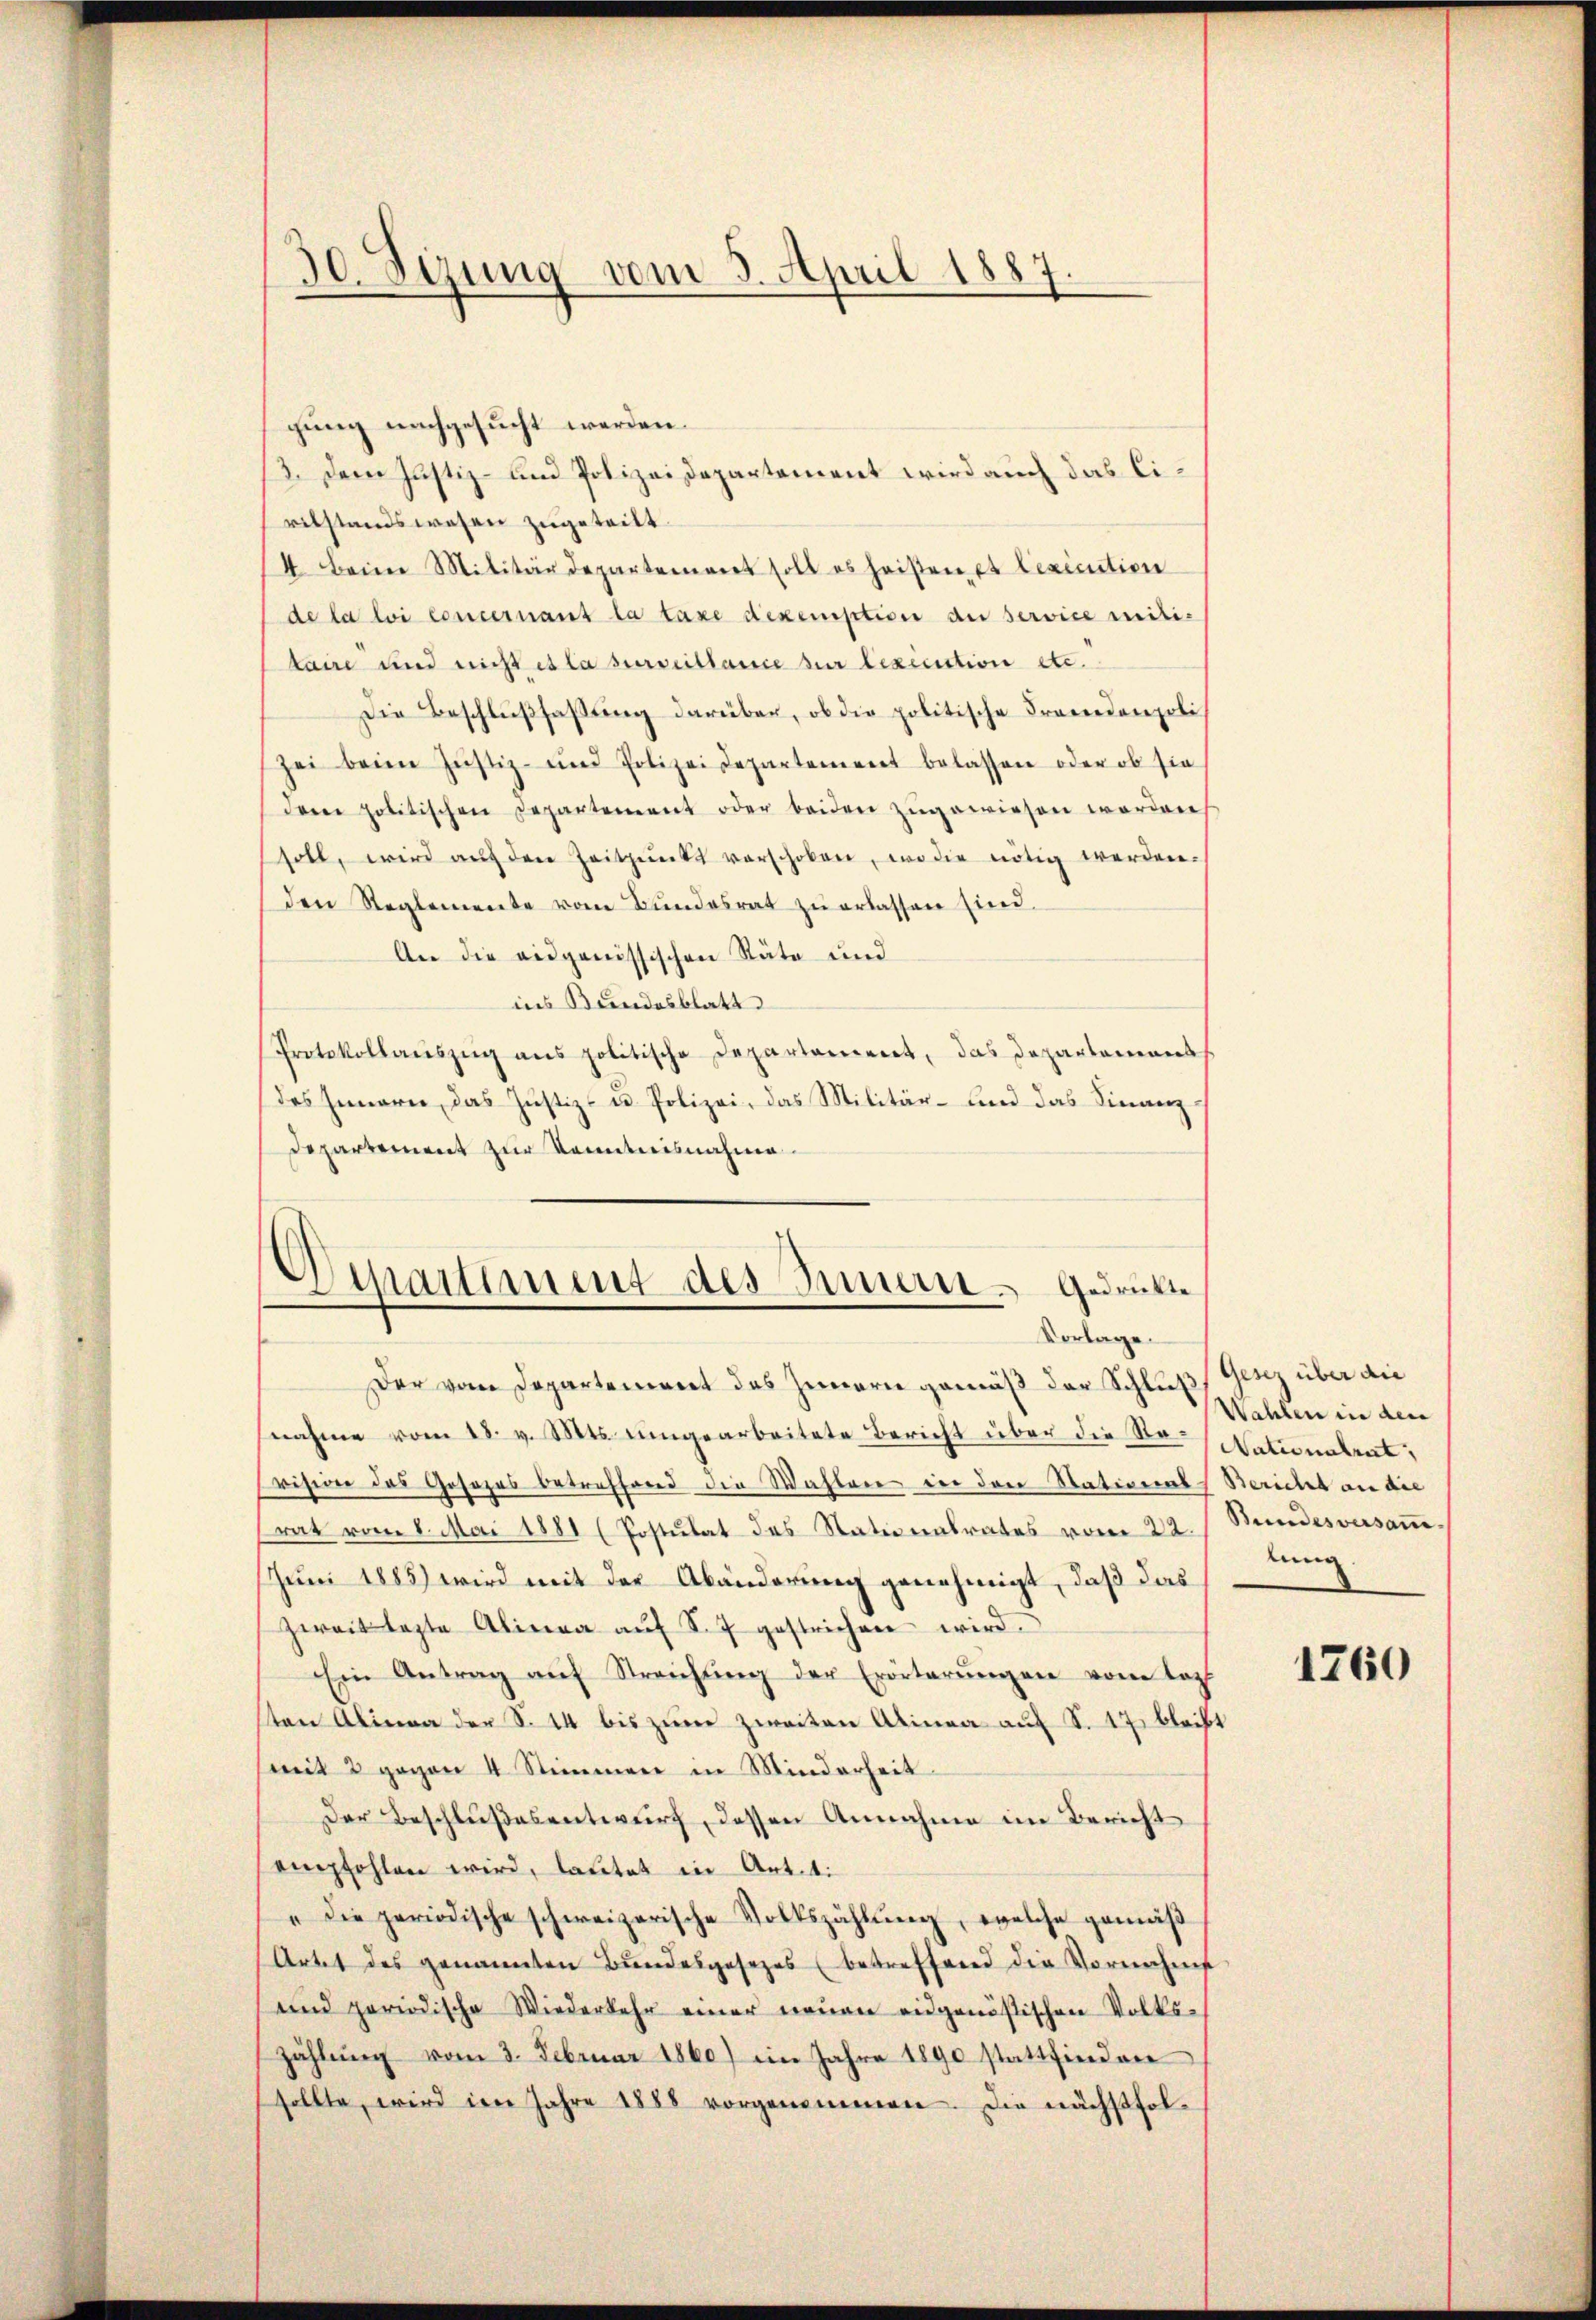
30.
egung vom 5. April 1887.
e

gung nachgesucht werden.
3. Dem Justiz- und Polizeidepartement wird auch das Civilstandswesen zugeteilt.
4 Beim Militärdepartement soll es heißen et lexiction
de la loi concernant la taxe dexemption an service mititaire und nicht es la surveillance zur lexecution etc.
Die Beschlŭβfassŭng darüber, ob die politische Fremdenpoli
zei beim Justiz- und Polizeidepartement belassen oder ob sie
dem politischen Departement oder beiden zŭgewiesen werden
soll, wird aŭf den Zeitpunkt verschoben, wo die nötig werden.
den Reglemente vom Bŭndesrat zŭ erlassen sind.
An die eidgenössischen Räte und
ins Bundesblatt
Protokollaŭszŭg ans politische Departement, das Departements
des Hemere, das Justiz- u. Polizei, das Militär- und das Finanz¬
Departement zur Kenntnisnahme.

d
Martiment des Innern. Gedrückte
Vorlage.

Der vom Departement das Innern gemäß der Schluß, Genz über die
nahme vom 18. v. Mts. umgearbeitete Bericht über die Ro-Nationalrat,
vision das Gesezes betreffend die Wahlen in den Nationals Bericht an die
rat vom 1. Mai 1881 (Postulat des Stationalrates vom 22. / Stundesversamm¬
Juni 1885) wird mit der Abänderung genehmigt, daß das
zweit legte Alinea aŭf S. 7 gestrichen wird.
Ein Antrag aŭf Streichŭng der Erörterŭngen vom Kopf
ten Alina der S. 44 bis zum zweiten Alinea auf S. 17 bleibt
mit 2 gegen 4 Stimmen in Minderheit
Der Beschlußesentwurf, dessen Annahme im Bericht
empfohlen wird, lautet in Art. 1.
"die periodische schweizerische Volkszählung, welche gemäß
Artet des genannten Bŭndesgesezes (betreffend die Vornehm
und periodische Wiederkehr einer neŭen eidgenössischen Volks-
Zählung vom 3. Februar 1860) im Jahre 1890 stattfinden
sollte, wird im Jahre 1888 vorgenommen. Die nächstfol¬

Wahlen in den
lung

1760